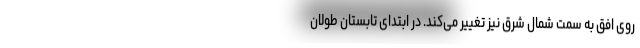
روی افق به سمت شمال شرق نیز تغییر می‌کند. در ابتدای تابستان طولان